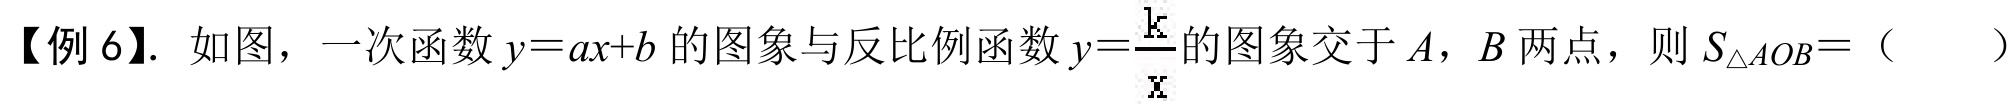
【例 6】. 如图，一次函数\(y = ax + b\)的图象与反比例函数\(y=\dfrac{k}{x}\)的图象交于\(A\)，\(B\)两点，则\(S_{\triangle AOB} =\)（  ）